Vaccination in the Punjab 1905-1918 - 1905-1918
Year: 1905
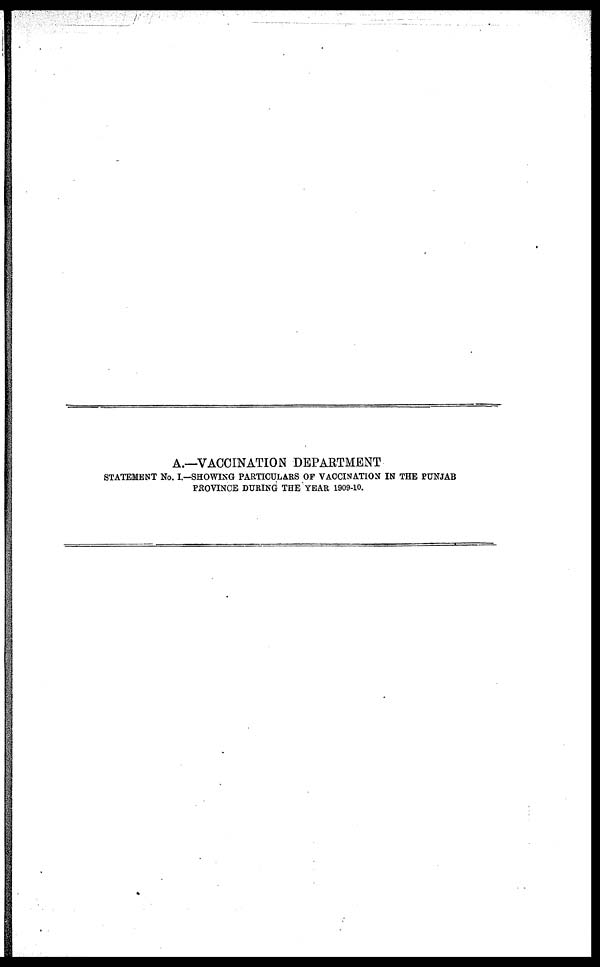
A.—VACCINATION DEPARTMENT
STATEMENT No. I.—SHOWING PARTICULARS OF VACCINATION IN THE PUNJAB
PROVINCE DURING THE YEAR 1909-10.